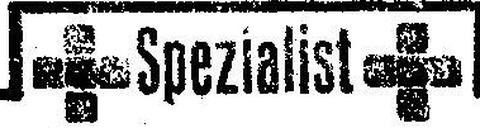
Spezialist